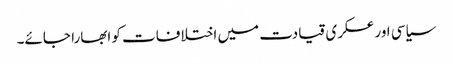
سیاسی اور عسکری قیادت میں اختلافات کو ابھارا جائے۔